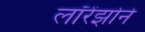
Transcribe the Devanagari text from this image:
लॉरेंझोने